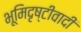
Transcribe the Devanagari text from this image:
भूमिदृष्टीवादी